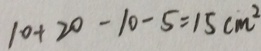
1 0 + 2 0 - 1 0 - 5 = 1 5 c m ^ { 2 }